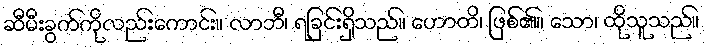
ဆီမီးခွက်ကိုလည်းကောင်း။ လာဘီ၊ ရခြင်းရှိသည်။ ဟောတိ၊ ဖြစ်၏။ သော၊ ထိုသူသည်။